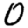
Digit: 0